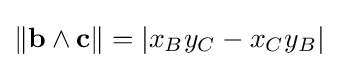
\|\mathbf {b} \wedge \mathbf {c} \|=|x_{B}y_{C}-x_{C}y_{B}|